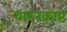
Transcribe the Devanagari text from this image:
वाटरक्राप्ट